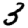
Digit: 3